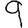
Digit: 9